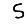
Digit: 5